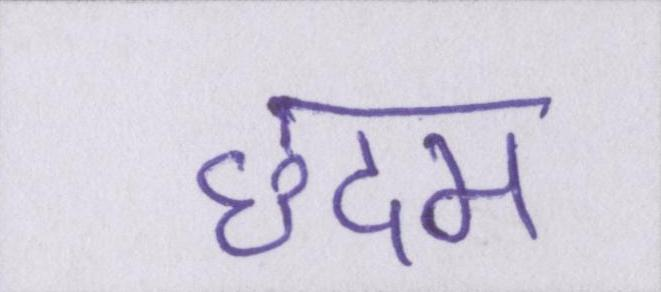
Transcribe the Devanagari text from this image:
छदम